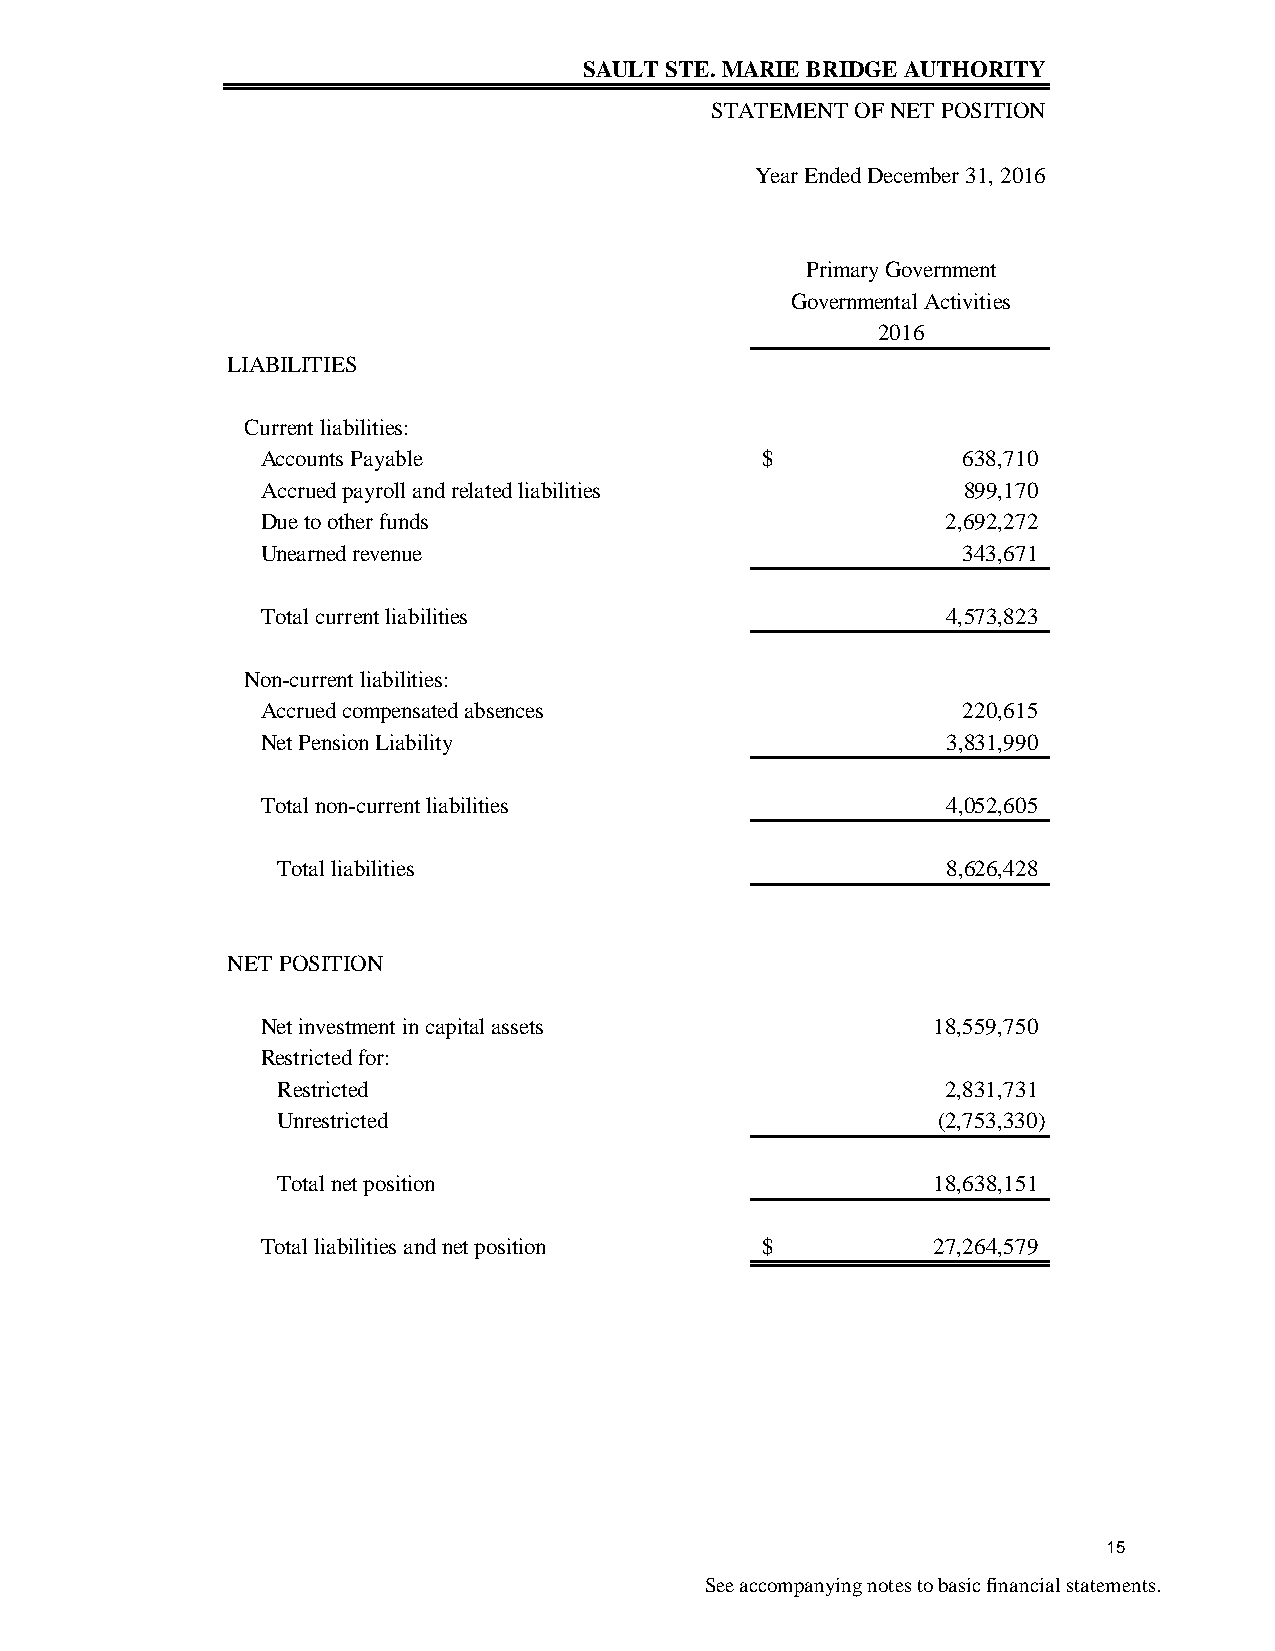
SAULT STE. MARIE BRIDGE AUTHORITY
 STATEMENT OF NET POSITION
 Year Ended December 31, 2016
 Primary Government
 Governmental Activities
 2016
 LIABILITIES
 Current liabilities:
 Accounts Payable                 $             638,710
 Accrued payroll and related liabilities        899,170
 Due to other funds                            2,692,272
 Unearned revenue                               343,671
 Total current liabilities                     4,573,823
 Non-current liabilities:
 Accrued compensated absences                   220,615
 Net Pension Liability                         3,831,990
 Total non-current liabilities                 4,052,605
 Total liabilities                            8,626,428
 NET POSITION
 Net investment in capital assets             18,559,750
 Restricted for:
 Restricted                                   2,831,731
 Unrestricted                                (2,753,330)
 Total net position                          18,638,151
 Total liabilities and net position $         27,264,579
 15
 See accompanying notes to basic financial statements.